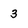
Character: 3